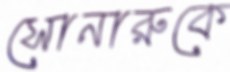
সোনারুকে